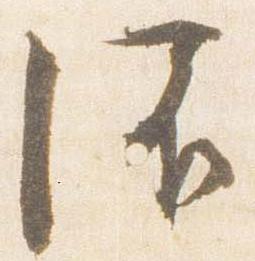
灌